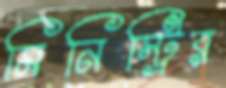
মিনিস্ট্রির